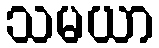
သမယာ